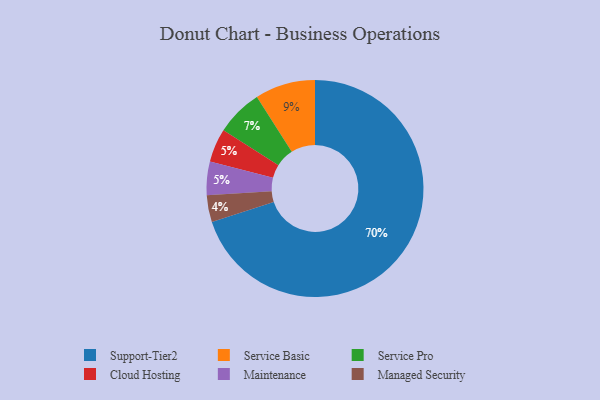
{"axis": {"x": "Category", "y": "Percentage"}, "legend": ["Cloud Hosting", "Maintenance", "Managed Security", "Service Basic", "Service Pro", "Support-Tier2"], "data": [{"x": "Cloud Hosting", "y": 5, "type": "Cloud Hosting"}, {"x": "Support-Tier2", "y": 70, "type": "Support-Tier2"}, {"x": "Managed Security", "y": 4, "type": "Managed Security"}, {"x": "Service Basic", "y": 9, "type": "Service Basic"}, {"x": "Service Pro", "y": 7, "type": "Service Pro"}, {"x": "Maintenance", "y": 5, "type": "Maintenance"}]}